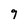
Character: 9